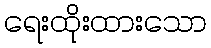
ရေးထိုးထားသော